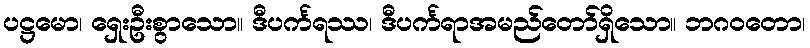
ပဋ္ဌမော၊ ရှေးဦးစွာသော။ ဒီပင်္ကရဿ၊ ဒီပင်္ကရာအမည်တော်ရှိသော။ ဘဂဝတော၊